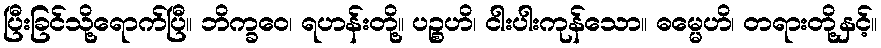
ပြီးခြင်သို့ရောက်ပြီ။ ဘိက္ခဝေ၊ ရဟန်းတို့။ ပဉ္စဟိ၊ ငါးပါးကုန်သော။ ဓမ္မေဟိ၊ တရားတို့နှင့်။